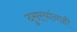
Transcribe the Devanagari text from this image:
दुसर्‍यांनाही